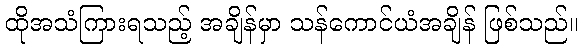
ထိုအသံကြားရသည့် အချိန်မှာ သန်ကောင်ယံအချိန် ဖြစ်သည်။